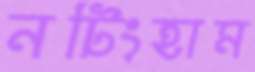
নটিংহাম